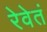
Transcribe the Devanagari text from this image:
रेवेतं